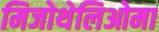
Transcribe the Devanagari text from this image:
मिजोथेलिओमा